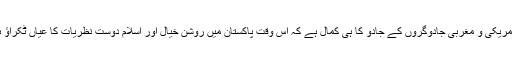
یہ امریکی و مغربی جادوگروں کے جادو کا ہی کمال ہے کہ اس وقت پاکستان میں روشن خیال اور اسلام دوست نظریات کا عیاں ٹکراؤ ہے۔